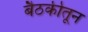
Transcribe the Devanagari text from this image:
बैठकीतून